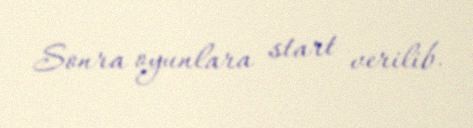
Sonra oyunlara start verilib.